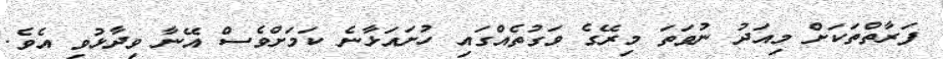
ފަރާތްތަކަށް މިއަދު ނުވަތަ މިރޭގެ ވަގުތެއްގައި ހުށައަޅާނެ ކަމަށްވެސް އޭނާ ވިދާޅުވި އެވެ.